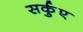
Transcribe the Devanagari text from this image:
सर्कुए